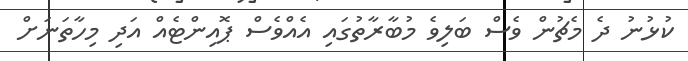
ކުޅުނު ދެ މެޗުން ވެސް ބަލިވެ މުބާރާތުގައި އެއްވެސް ޕޮއިންޓެއް އަދި މިހާތަނަށް